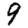
Digit: 9